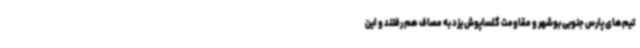
تیم‌های پارس جنوبی بوشهر و مقاومت گلساپوش یزد به مصاف هم رفتند و این